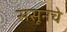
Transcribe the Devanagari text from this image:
ससूनचे